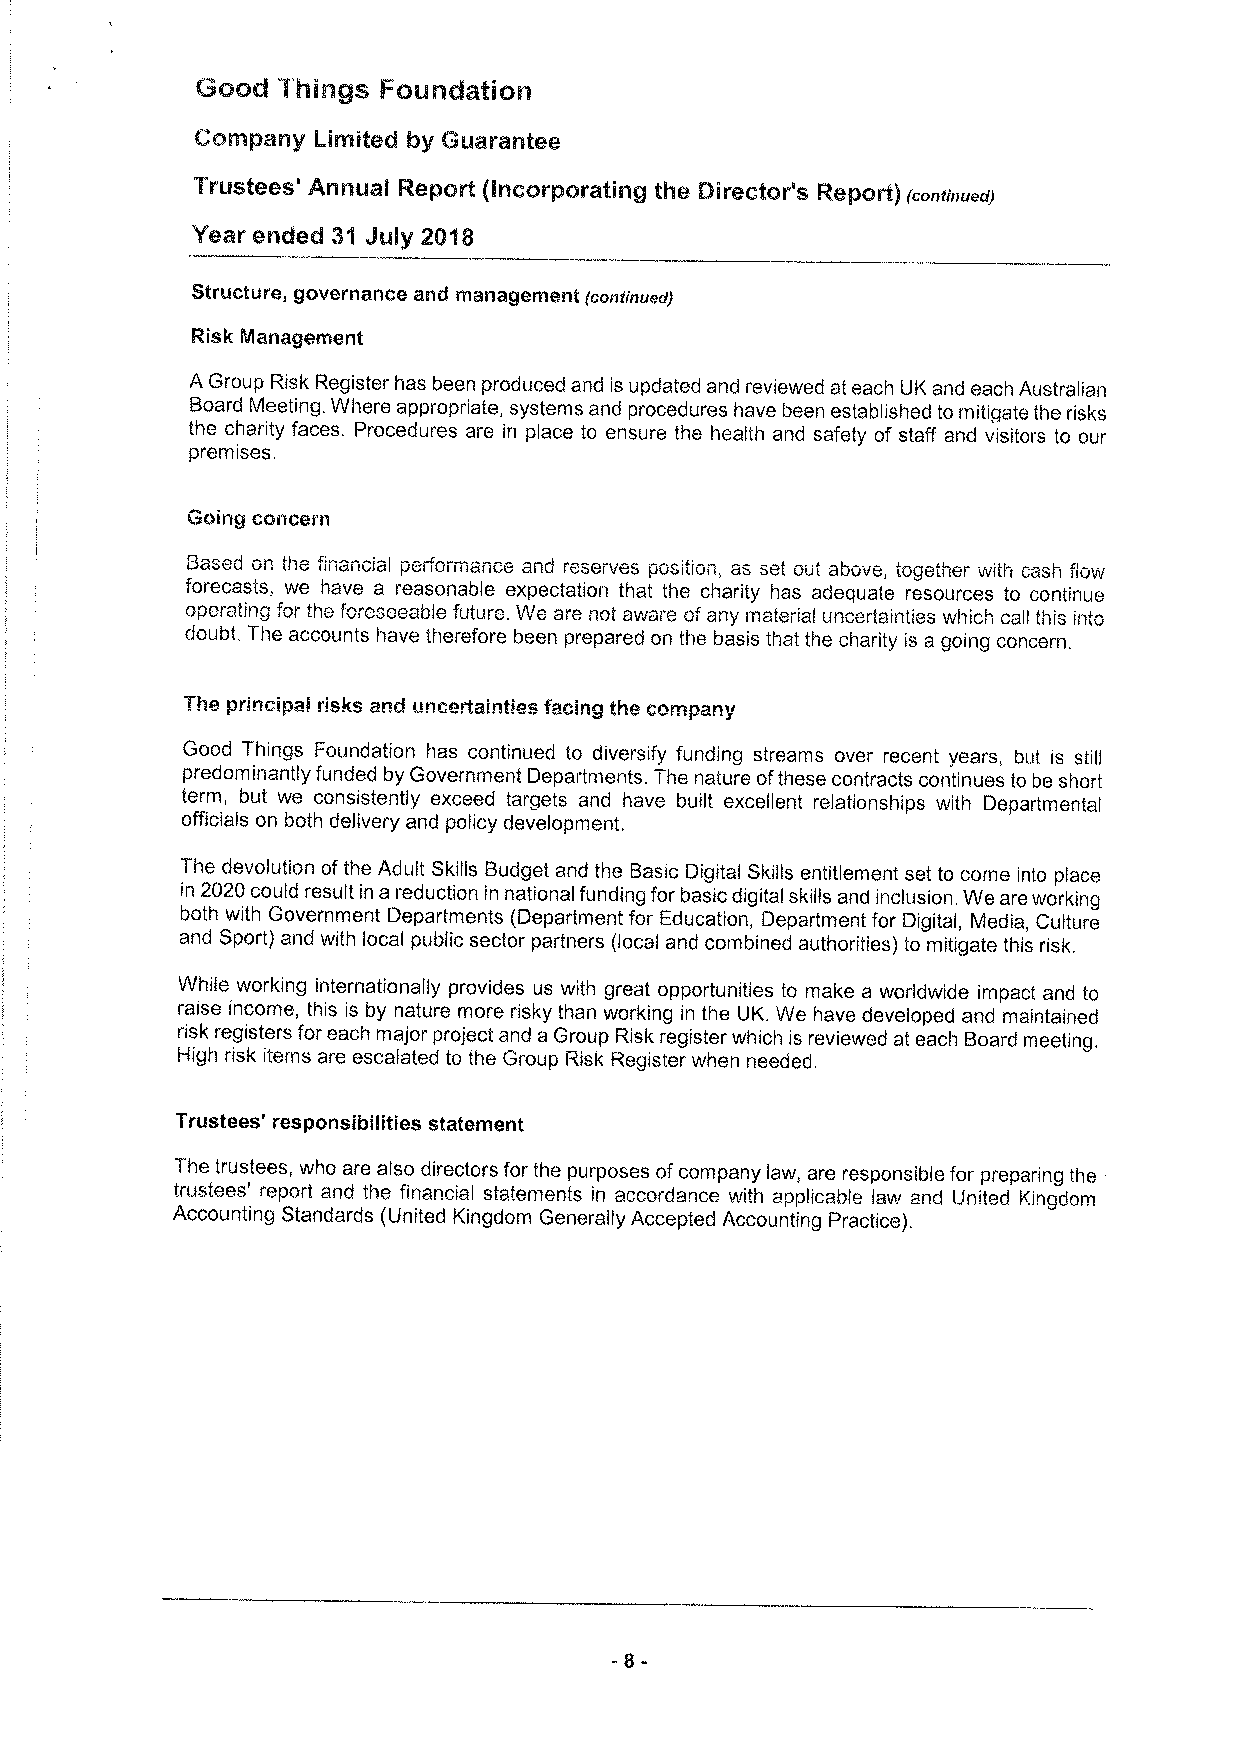
Geoid Things Founldation
 Ir company Limited by GUarantee
 TrUSteeS AnnUal RepOrt (lnCQrpOrating Mlle DireCtor 8 Report) (continued)
 Year ended 31 JUly 2018
 Struotule, gOVsrABACe and management (continued)
 Risk Management
 A Group Risk Register has been produced and is updated and reviewed at each UK and each Australian
 Board Meeting. Where appropriate, systems and procedures have been established to mitigate the risks
 the charity faces. Procedures are in place to ensure the health and safety of staff and visitors to our
 premises.
 Going concern
 Based on the financial peliolmance and Ieseives position, as set oui above, together with cash liow
 forecasts, we have a reasonable expectation that the charity has adequate resources to continue
 oporating for the foreseeable future. We are not aware ofany material uncertainties which call this into
 doubt. The accounts have therefore been prepared on the basis that the charity is a going concern.
 The principal risks and uncertainties facing the company
 Good Things Foundation has continued to diversify funding streams over recent years, but is still
 predominantly funded by Government Departments. The nature ofthese contracts continues to be short
 term, but we consistently exceed targets and have built excellent relationships with Departmental
 officials on both delivery and policy development.
 The devolution ofthe Adult Skills Budget and the Basic Digital Skills entitlement set to come into place
 in 2020could result in a reduction in national funding for basic digital skills and inclusion. We are working
 both with Government Departments (Department for Education, Department for Digital, Media, Culture
 and Sport) and with local public sector partners (local and combined authorities) to mitigate this risk.
 While working internationally provides us with great opportunities to make a worldwide impact and to
 raise income, this is by nature more risky than working in the UK. We have developed and maintained
 risk registers for each major project and a Group Risk register which is reviewed at each Board meeting.
 High risk items are escalated to the Group Risk Register when needed.
 Trustees' responsibilities statement
 The trustees, who are also directors for the purposes ofcompany law, are responsible for preparing the
 trustees' report and the financial statements in accordance with applicable law and UInited Kingdom
 Accounting Standards (United Kingdom Generally Accepted Accounting Practice).